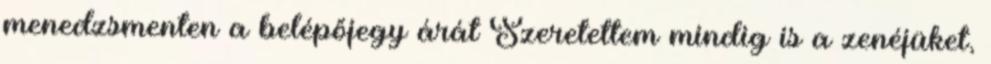
menedzsmenten a belépőjegy árát Szeretettem mindig is a zenéjüket,